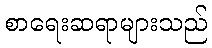
စာရေးဆရာများသည်